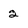
Character: 2